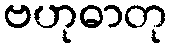
ဗဟုဓာတု